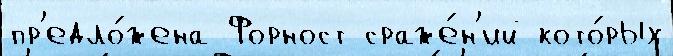
пр'едло́жена Форност сраже́н'ий кото́рых